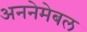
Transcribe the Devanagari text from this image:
अननेमेबल